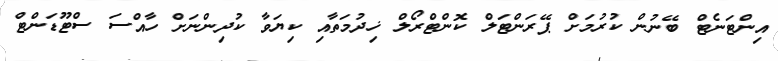
އިންޓަނެޓް ބޭނުން ކުރުމަށް ޕޭރަންޓަލް ކޮންޓްރޯލް ޚިދުމަތާއި ކިޔަވާ ކުދިންނަށް ހާއްސަ ސްޓޫޑަންޓް